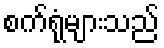
စက်ရုံများသည်